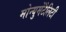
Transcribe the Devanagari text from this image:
मोन्युमेंटैलिटी